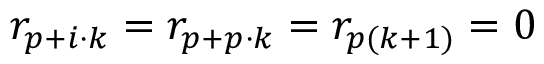
r _ { p + i \cdot k } = r _ { p + p \cdot k } = r _ { p ( k + 1 ) } = 0